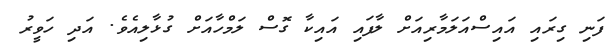
ފަނި ގިރައި އައިސްއަލަމާރިއަށް ލާފައި އައިކާ ގޮސް ލަމްހާއަށް ގުޅާލިއެވެ. އަދި ހަވީރު